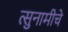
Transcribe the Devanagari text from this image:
त्सुनामीचे